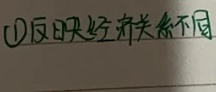
\textcircled{1} 反映经济关系不同